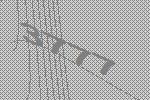
3777